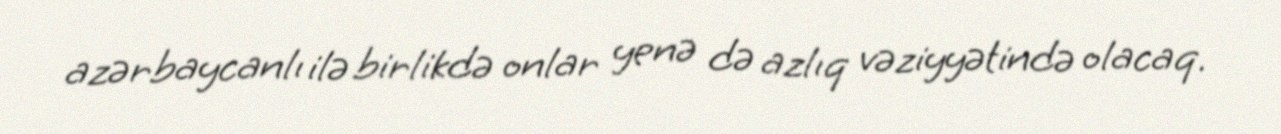
azərbaycanlı ilə birlikdə onlar yenə də azlıq vəziyyətində olacaq.